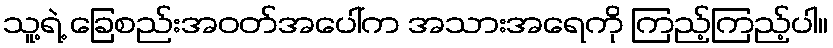
သူ့ရဲ့ ခြေစည်းအဝတ်အပေါ်က အသားအရေကို ကြည့်ကြည့်ပါ။